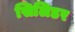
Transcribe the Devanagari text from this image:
सिलिडर